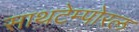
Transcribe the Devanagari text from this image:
साथटेम्पोरल